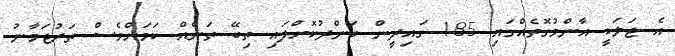
އެ ޖަލަކީ އާންމުގޮތެއްގައި 185 ގައިދީން ބަންދުކޮށްފައި ތިބޭ ތަނެއް ކަމަށްވެސް ތަރުޖަމާނު